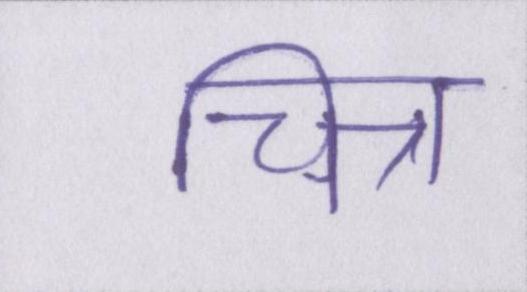
चित्र